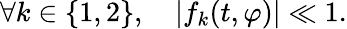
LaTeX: \forall k\in\{ 1,2\} ,\quad|f_{k}(t,\varphi)|\ll 1.